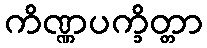
ကိဏ္ဏပက္ခိတ္တာ